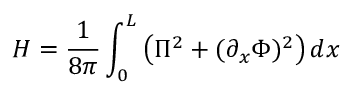
H = \frac { 1 } { 8 \pi } \int _ { 0 } ^ { L } \left( \Pi ^ { 2 } + ( \partial _ { x } \Phi ) ^ { 2 } \right) d x